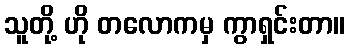
သူတို့ ဟို တလောကမှ ကွာရှင်းတာ။